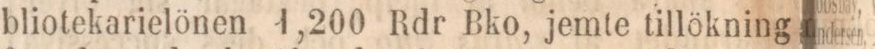
bliotekarielönen 1,200 Rdr Bko, jemte tillökning